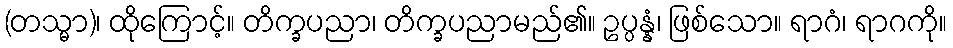
(တသ္မာ)၊ ထိုကြောင့်။ တိက္ခပညာ၊ တိက္ခပညာမည်၏။ ဥပ္ပန္နံ၊ ဖြစ်သော။ ရာဂံ၊ ရာဂကို။